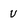
Character: v